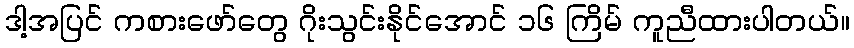
ဒါ့အပြင် ကစားဖော်တွေ ဂိုးသွင်းနိုင်အောင် ၁၆ ကြိမ် ကူညီထားပါတယ်။